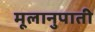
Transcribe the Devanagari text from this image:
मूलानुपाती